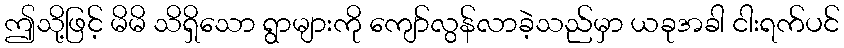
ဤသို့ဖြင့် မိမိ သိရှိသော ရွာများကို ကျော်လွန်လာခဲ့သည်မှာ ယခုအခါ ငါးရက်ပင်